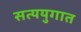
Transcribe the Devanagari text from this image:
सत्ययुगात